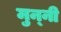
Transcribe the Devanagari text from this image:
मुन्‍नी